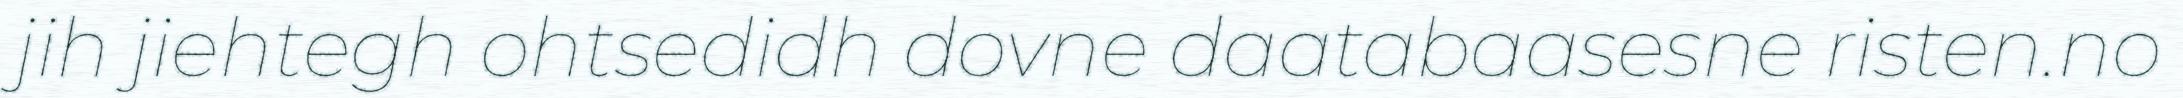
jih jiehtegh ohtsedidh dovne daatabaasesne risten.no